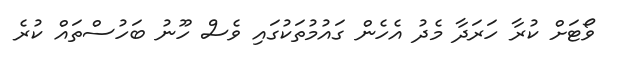
ވޯޓަށް ކުރާ ހަރަދާ މެދު އެހެން ގައުމުތަކުގައި ވެސް ހޫނު ބަހުސްތައް ކުރެ